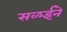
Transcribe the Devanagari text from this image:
सळईने